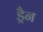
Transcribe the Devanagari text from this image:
ड्रैन